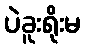
ပဲခူးရိုးမ